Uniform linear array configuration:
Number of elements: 12
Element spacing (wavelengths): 0.5
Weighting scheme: cosine
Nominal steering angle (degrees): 45
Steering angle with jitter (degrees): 45.653
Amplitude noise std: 0.05
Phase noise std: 0.05

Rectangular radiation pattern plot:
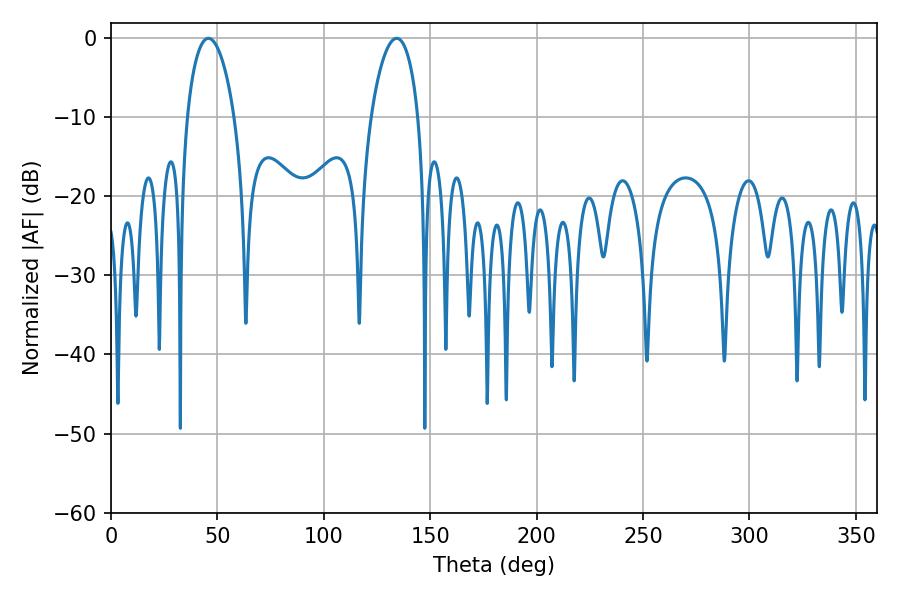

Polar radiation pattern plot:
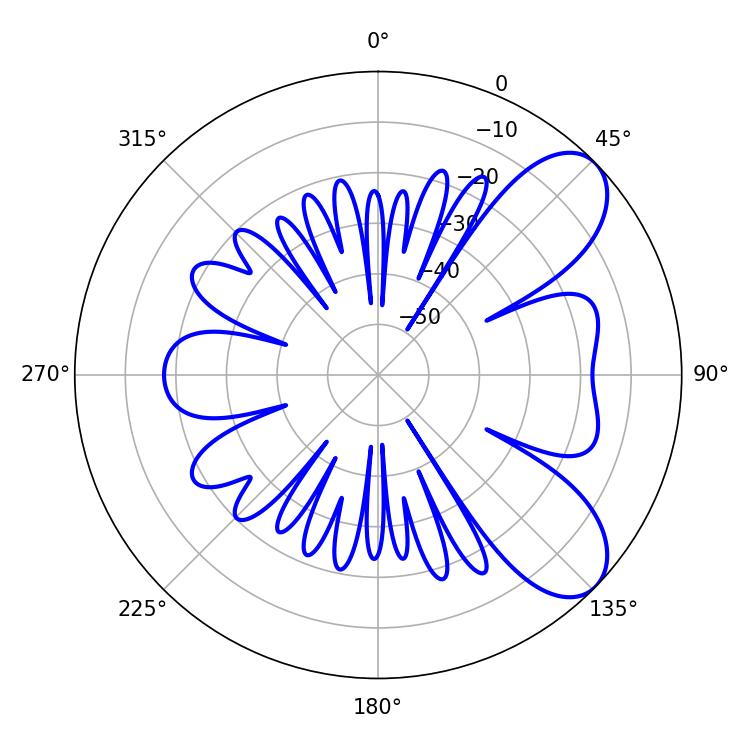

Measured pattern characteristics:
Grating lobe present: FALSE
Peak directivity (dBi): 7.693
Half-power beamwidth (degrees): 12.6
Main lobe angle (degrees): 45.72